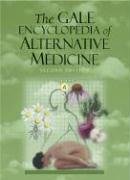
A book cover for The Gale Encyclopedia of Alternative Medicine - 4 Volume set; Jacqueline L. Longe; Health, Fitness & Dieting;